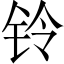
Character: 铃